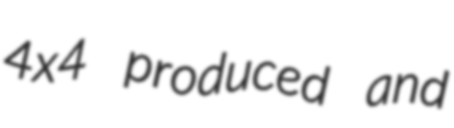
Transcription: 4x4 produced and